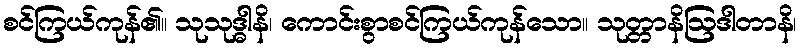
စင်ကြယ်ကုန်၏။ သုသုဒ္ဓါနိ၊ ကောင်းစွာစင်ကြယ်ကုန်သော။ သုတ္တာနိဩဒါတာနိ၊